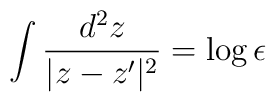
\int\frac{d^2z}{|z-z'|^2} = \log{\epsilon}